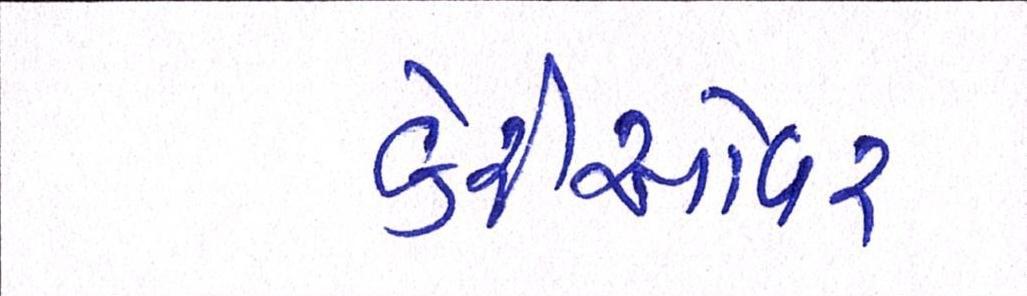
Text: કેરીઓવર